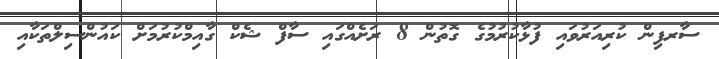
ސާރފިން ކުރިއަރުވައި ފުޅާކުރުމުގެ ގޮތުން 8 ރަށެއްގައި ސާފް ޝެކް ގާއިމްކުރުމަށް ކައުންސިލްތަކާއި